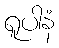
ရူပါနံ